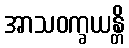
အာသဝက္ခယန္တိ